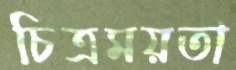
চিত্রময়তা